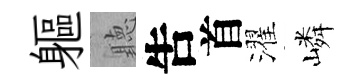
軀聽吿首濯嶙